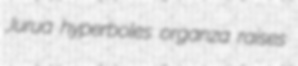
Jurua hyperboles organza raises